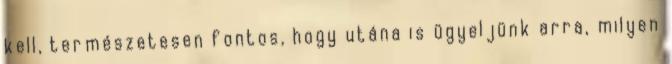
kell, természetesen fontos, hogy utána is ügyeljünk arra, milyen